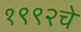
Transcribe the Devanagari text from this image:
१९९२चे